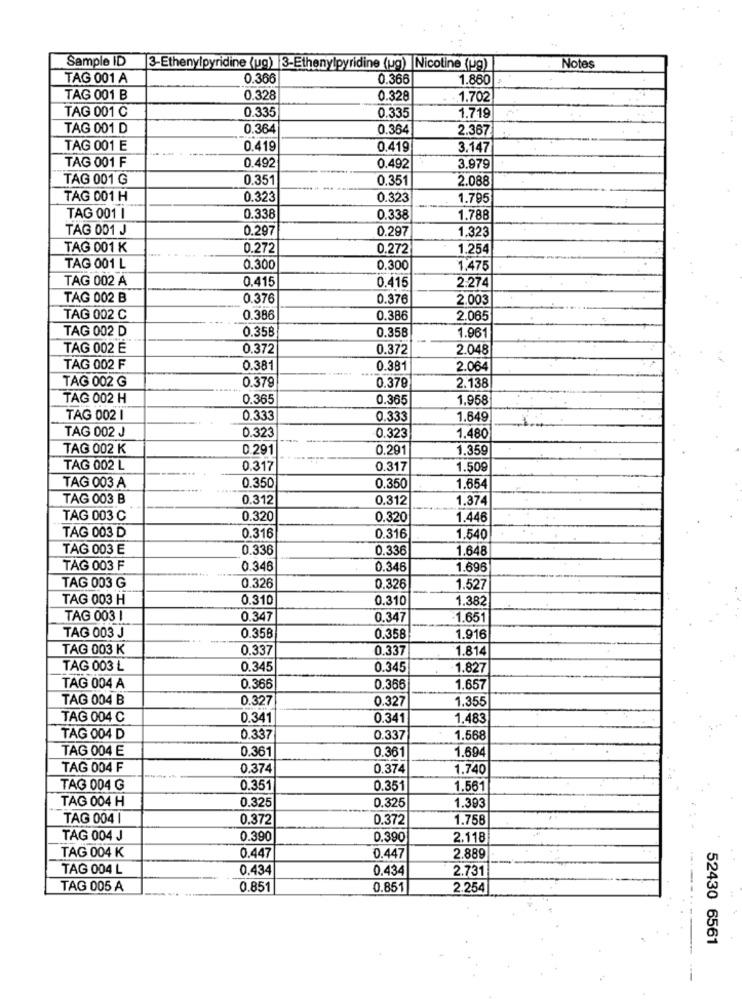
Sample ID
3-Ethenylpyridine (ug) 3-Ethenylpyridine (ug) Nicotine (29)
Notes
TAG 001 A
0.366
0.366
1.860
TAG 001 B
0.328
0.328
1.702
TAG 001 C
0.335
0.335
1.719
TAG 001 D
0.364
0.364
2.367
TAG 001 E
0.419
0.419
3.147
TAG 001 F
0.492
0.492
3.979
TAG 001 G
0.351
0.351
2.088
TAG 001 H
0.323
0.323
1.795
TAG 001 1
0.338
0.338
1.788
TAG 001 J
0.297
0.297
1.323
TAG 001 K
0.272
0.272
1.254
TAG 001 L
0.300
0.300
1.475
TAG 002 A
0.415
0.415
2.274
TAG 002 B
0.376
0.376
2.003
TAG 002 C
0.386
0.386
2.065
TAG 002 D
0.358
0.358
1.961
TAG 002 E
0.372
0.372
2.048
TAG 002 F
0.381
0.381
2.064
TAG 002 G
2.138
0.379
0.379
TAG 002 H
0.365
0.365
1.958
TAG 002
0.333
0.333
1.649
TAG 002 J
0.323
0.323
1.480
TAG 002 K
0.291
0.291
1.359
TAG 002 L
0.317
0.317
1.509
TAG 003 A
0.350
0.350
1.654
TAG 003 B
0.312
0.312
1.374
TAG 003 C
0.320
0.320
1.446
TAG 003 D
0.316
0.316
1.540
TAG 003 E
0.336
0,336
1.648
TAG 003 F
0.346
0.346
1.696
TAG 003 G
0.326
0.326
1.527
TAG 003 H
0.310
0.310
1.382
TAG 003 1
0.347
0.347
-1.651
0.358
TAG 003 J
0.358
1.916
TAG 003 K
0.337
0.337
1.814
TAG 003 L
0.345
0.345
1.827
TAG 004 A
0.366
0.366
1.657
TAG 004 B
0.327
0.327
1.355
TAG 004 C
0.341
0.341
1.483
TAG 004 D
0.337
0.337
1.568
TAG 004 E
0.361
0.361
1.694
TAG 004 F
0.374
0.374
1.740
TAG 004 G
0.351
0.351
1.561
TAG 004 H
0.325
0.325
1.393
TAG 004 1
0.372
0.372
1.758
TAG 004 J
0.390
0.390
2.118
TAG 004 K
0.447
0.447
2.889
TAG 004 L
0.434
0.434
2.731
TAG 005 A
0.851
0.851
2.254
52430 6561